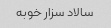
سالاد سزار خوبه